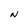
Character: N